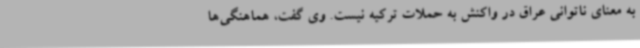
به معنای ناتوانی عراق در واکنش به حملات ترکیه نیست. وی گفت، هماهنگی‌ها